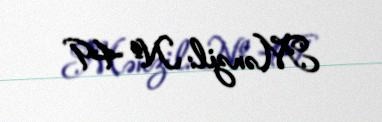
Mənzil: № 49